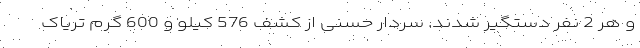
و هر 2 نفر دستگیر شدند. سردار حسنی از کشف 576 کیلو و 600 گرم تریاک